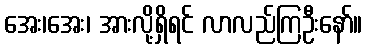
အေး၊အေး၊ အားလို့ရှိရင် လာလည်ကြဦးနော်။